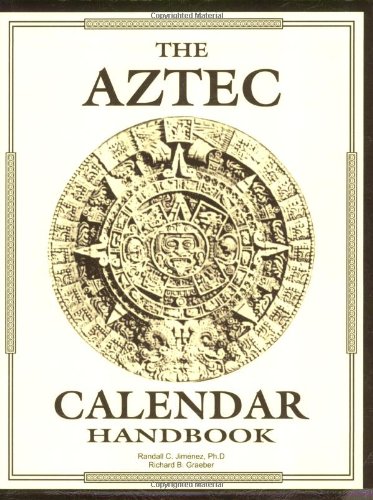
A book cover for Aztec Calendar Handbook; Randall C. Jimenez; Science & Math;